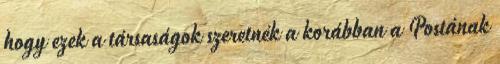
hogy ezek a társaságok szeretnék a korábban a Postának